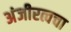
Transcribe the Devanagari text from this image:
अंजीरत्वचा